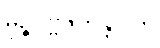
မုဉ္ဇပဗ္ဗဇဟိန္တာလာ